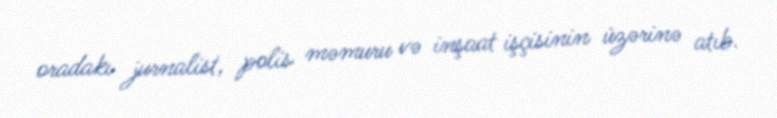
oradakı jurnalist, polis məmuru və inşaat işçisinin üzərinə atıb.